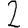
Digit: 2